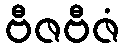
ဗီဇဗီဇံ